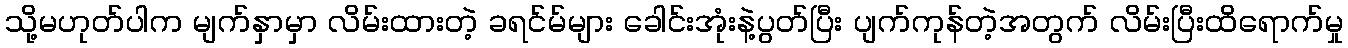
သို့မဟုတ်ပါက မျက်နှာမှာ လိမ်းထားတဲ့ ခရင်မ်များ ခေါင်းအုံးနဲ့ပွတ်ပြီး ပျက်ကုန်တဲ့အတွက် လိမ်းပြီးထိရောက်မှု